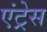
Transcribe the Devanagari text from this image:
एंट्रेस